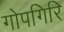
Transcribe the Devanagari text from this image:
गोपगिरि